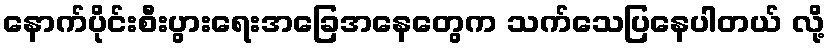
နောက်ပိုင်းစီးပွားရေးအခြေအနေတွေက သက်သေပြနေပါတယ် လို့